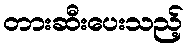
တားဆီးပေးသည့်